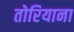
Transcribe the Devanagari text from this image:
तोरियाना